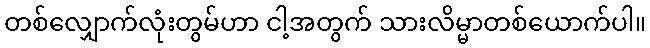
တစ်လျှောက်လုံးတွမ်ဟာ ငါ့အတွက် သားလိမ္မာတစ်ယောက်ပါ။